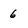
Character: 6